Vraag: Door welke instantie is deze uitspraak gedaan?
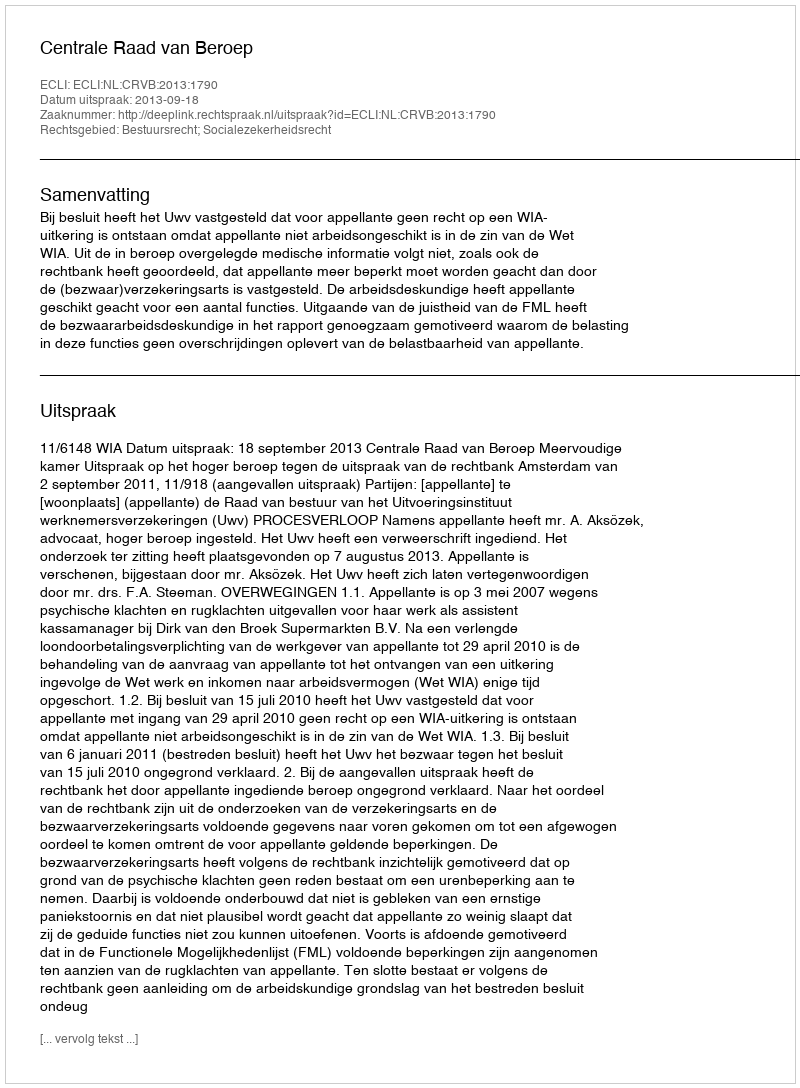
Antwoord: Centrale Raad van Beroep